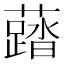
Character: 𧃌